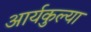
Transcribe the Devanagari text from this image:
आर्यकुल्या